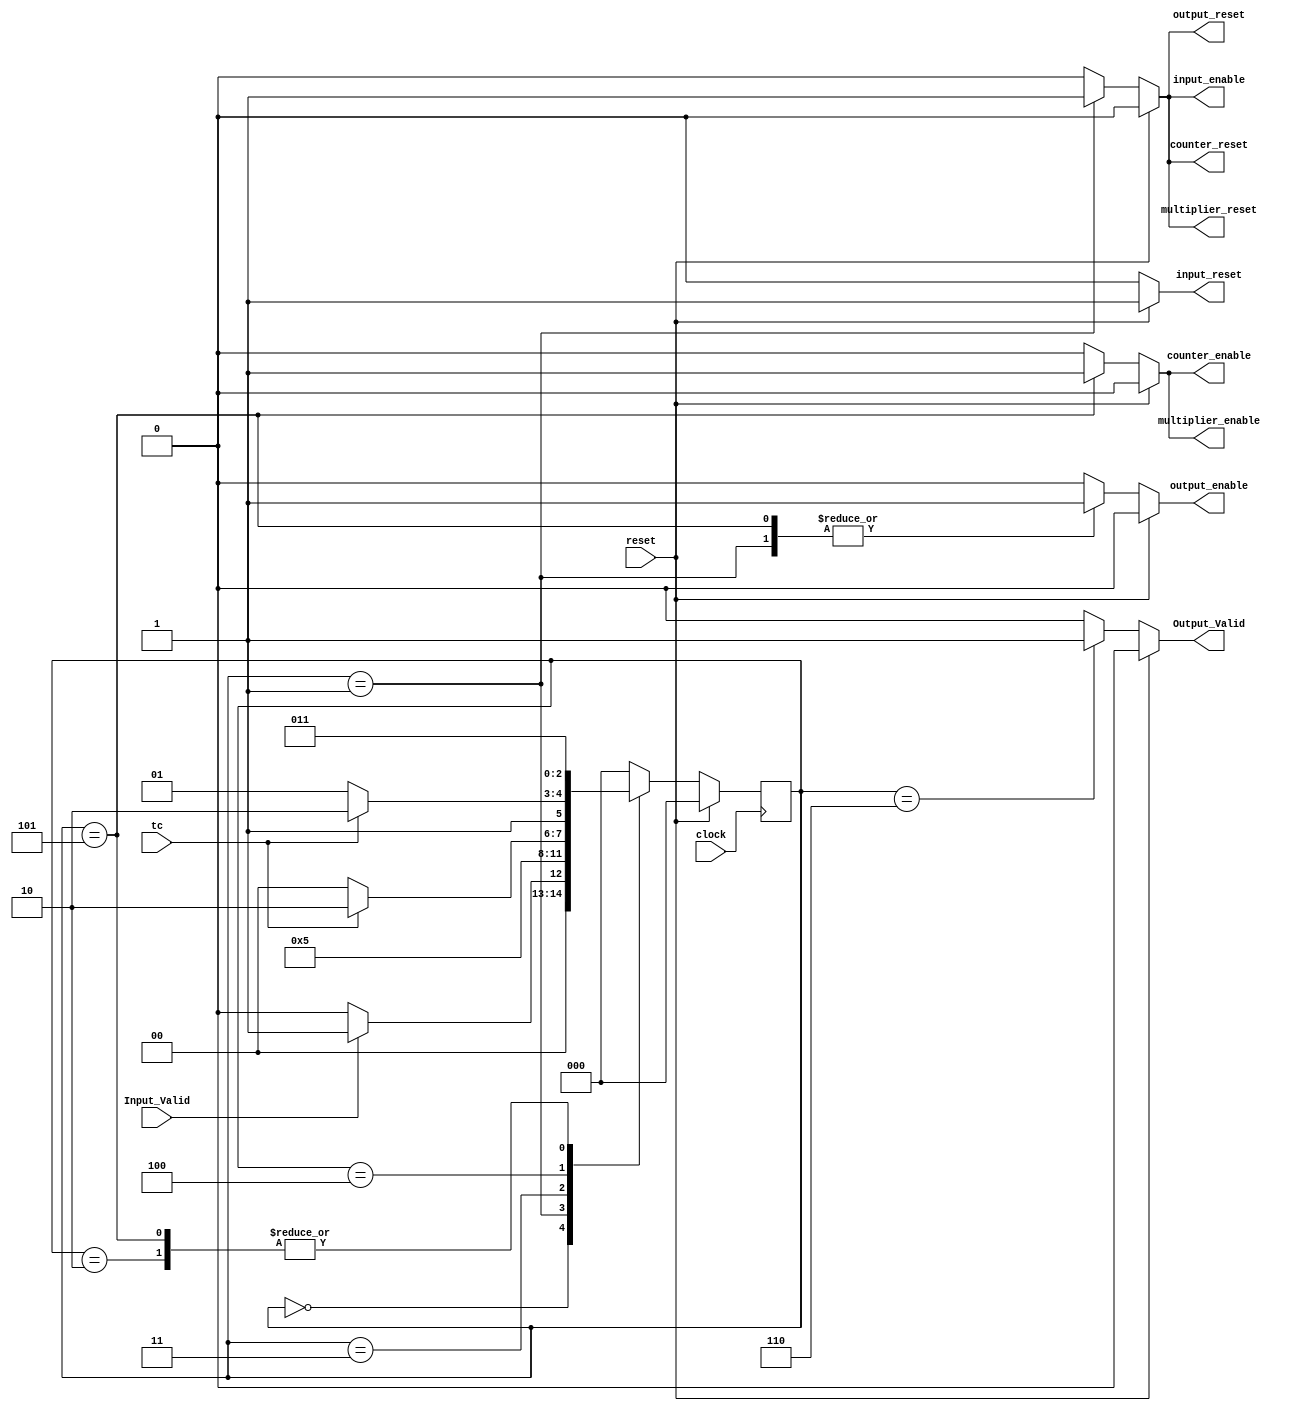
module Controller (
    input Input_Valid,
    tc,
    clock,
    reset,
    output reg Output_Valid,
    input_reset,
    input_enable,
    output_reset,
    output_enable,
    counter_reset,
    counter_enable,
    multiplier_reset,
    multiplier_enable
);
  reg [2:0] ps, ns;
  parameter idle = 0, init = 1, shifting = 2, loading = 3, multiplying = 4, adding = 5, finish = 6;
  always @(posedge clock) begin
    if (reset) ps <= idle;
    else ps <= ns;
  end
  always @(ps, Input_Valid, tc, reset) begin
    ns = idle;
    input_reset = 0;
    input_enable = 0;
    output_reset = 0;
    output_enable = 0;
    counter_reset = 0;
    counter_enable = 0;
    multiplier_reset = 0;
    multiplier_enable = 0;
    Output_Valid = 0;
    if (reset) input_reset = 1;
    else
      case (ps)
        idle:
        if (Input_Valid) ns = init;
        else ns = idle;
        init: begin
          ns = shifting;
          output_reset = 1;
          counter_reset = 1;
          multiplier_reset = 1;
          input_enable = 1;
          output_enable = 1;
        end
        shifting: begin
          ns = loading;
        end
        loading: begin
          if (tc) ns = finish;
          else ns = multiplying;
        end
        multiplying: begin
          if (tc) ns = finish;
          else ns = adding;
        end
        adding: begin
          begin
            ns = loading;
            output_enable = 1;
            counter_enable = 1;
            multiplier_enable = 1;
          end
        end
        finish: begin
          ns = idle;
          Output_Valid = 1;
        end
        default: ns = idle;
      endcase
  end
endmodule